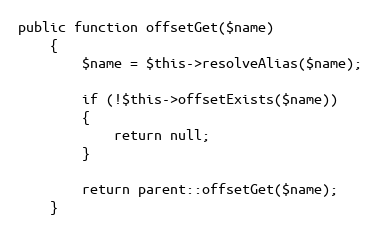
Language: PHP
public function offsetGet($name)
	{
		$name = $this->resolveAlias($name);

		if (!$this->offsetExists($name))
		{
			return null;
		}

		return parent::offsetGet($name);
	}